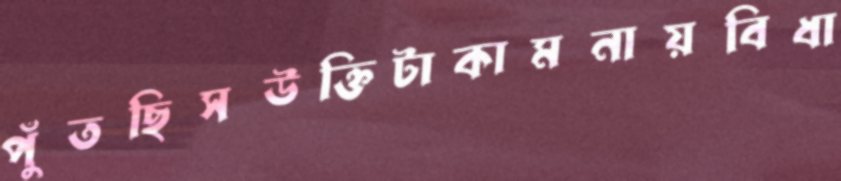
পুঁতছিসউক্তিটাকামনায়বিধা